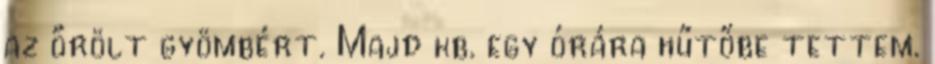
az őrölt gyömbért. Majd kb. egy órára hűtőbe tettem.